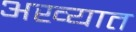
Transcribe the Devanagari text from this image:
अख्यात